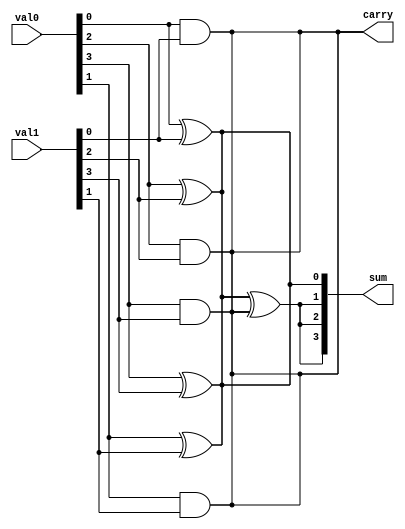
module Add(
	output		     [3:0]		sum,
	output		     				carry,
	input 		     [3:0]		val0,
	input				  [3:0]		val1
);


wire  [4:0] send;
assign send[0]=0;
assign carry=send[4];
//assigns the output parameters
parameter j=4;//makes this a 4 bit adder
generate
	genvar i;
	for (i=0; i<j; i=i+1)
		begin: addit//this set of assignments forms a full adder 
			reg   Wire1;
			reg   Wire2;
			reg   Wire3;
			 and(wire3, val0[i], val1[i]);
			 and(wire2, wire1, send[i]);
			 xor(wire1,val0[i] , val1[i]);
			 xor(sum[i], wire1 ,send[i]);
			 or(send[i+1], wire2, wire3);
		end
		//this loops through 4 times to make a 4 bit adder
endgenerate

endmodule